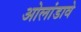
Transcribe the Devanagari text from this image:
ओलांडावे